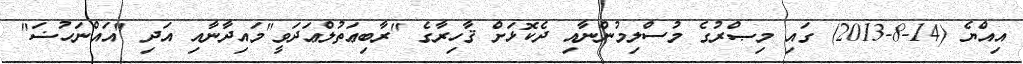
އިއްޔެ (14-8-2013) ގައި މިޞްރުގެ މުސްލިމުންނާއި ދެކޮޅަށް ޤާހިރާގެ "ރާބިޢަތުލްޢަދަވީ"މައިދާނާއި އަދި "އައްނަހުޟަ"